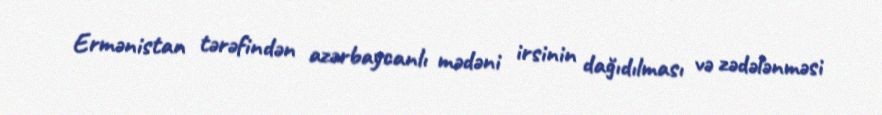
Ermənistan tərəfindən azərbaycanlı mədəni irsinin dağıdılması və zədələnməsi